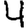
Digit: 4